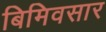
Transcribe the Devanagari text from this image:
बिमिवसार